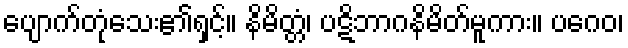
ပျောက်တုံသေး၏ရှင့်။ နိမိတ္တံ၊ ပဋိဘာဂနိမိတ်မူကား။ ပဂေဝ၊